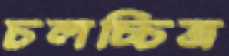
চলচ্চিত্র